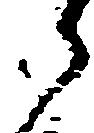
ら